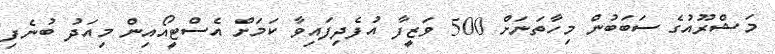
މަޝްރޫއުގެ ސަބަބުން މިހާތަނަށް 500 ވަޒީފާ އުފެދިފައިވާ ކަަމަށް އެސްޓީއޯއިން މިއަދު ބުނެފި